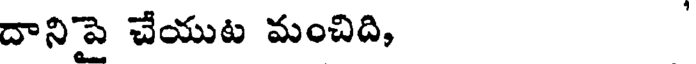
దానిపై చేయుట మంచిది,